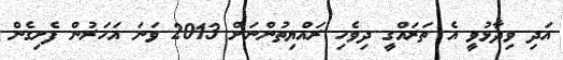
އަދި ވިދާޅުވީ އެ ތަރައްގީ ދިވެހި ރައްޔިތުންނަށް 2013 ވަނަ އަހަރުން ފެށިގެން